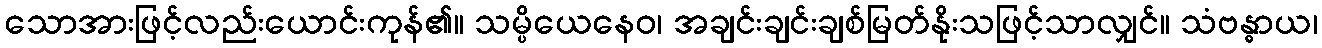
သောအားဖြင့်လည်းယောင်းကုန်၏။ သမ္ပိယေနေဝ၊ အချင်းချင်းချစ်မြတ်နိုးသဖြင့်သာလျှင်။ သံဗန္ဓာယ၊